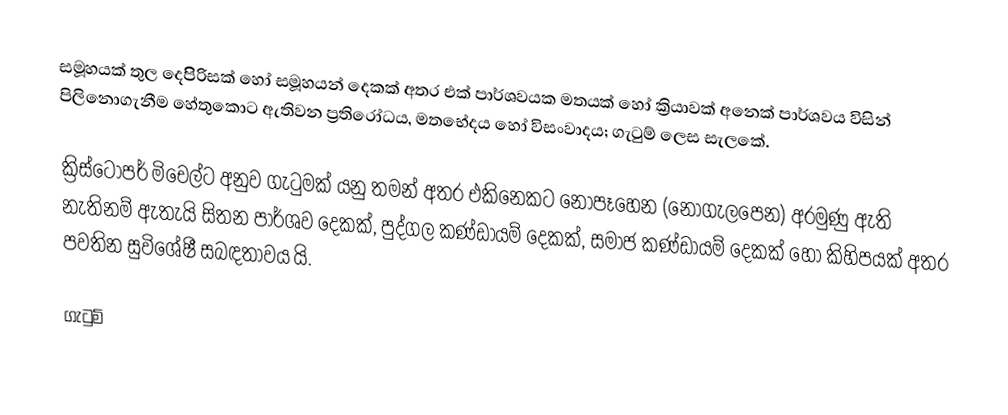
සමූහයක් තුල දෙපිිරිසක් හෝ සමූහයන් දෙකක් අතර එක් පාර්ශවයක මතයක් හෝ ක්‍රියාවක් අනෙක් පාර්ශවය විසින් පිලිනොගැනීම හේතුකොට ඇතිවන ප්‍රතිරෝධය, මතභේදය හෝ විසංවාදය; ගැටුම් ලෙස සැලකේ.

ක්‍රිස්ටෝපර් මිචෙල්ට අනුව ගැටුමක් යනු තමන් අතර එකිනෙකට නොපෑහෙන (නොගැලපෙන) අරමුණු ඇති නැතිනම් ඇතැයි සිතන පාර්ශව දෙකක්, පුද්ගල කණ්ඩායම් දෙකක්, සමාජ කණ්ඩායම් දෙකක් හෝ කිහිපයක් අතර පවතින සුවිශේෂී සබඳතාවය යි.

ගැටුම්